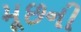
મૂછની